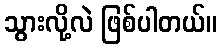
သွားလို့လဲ ဖြစ်ပါတယ်။